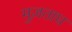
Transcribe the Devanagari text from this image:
मुज़ताघ